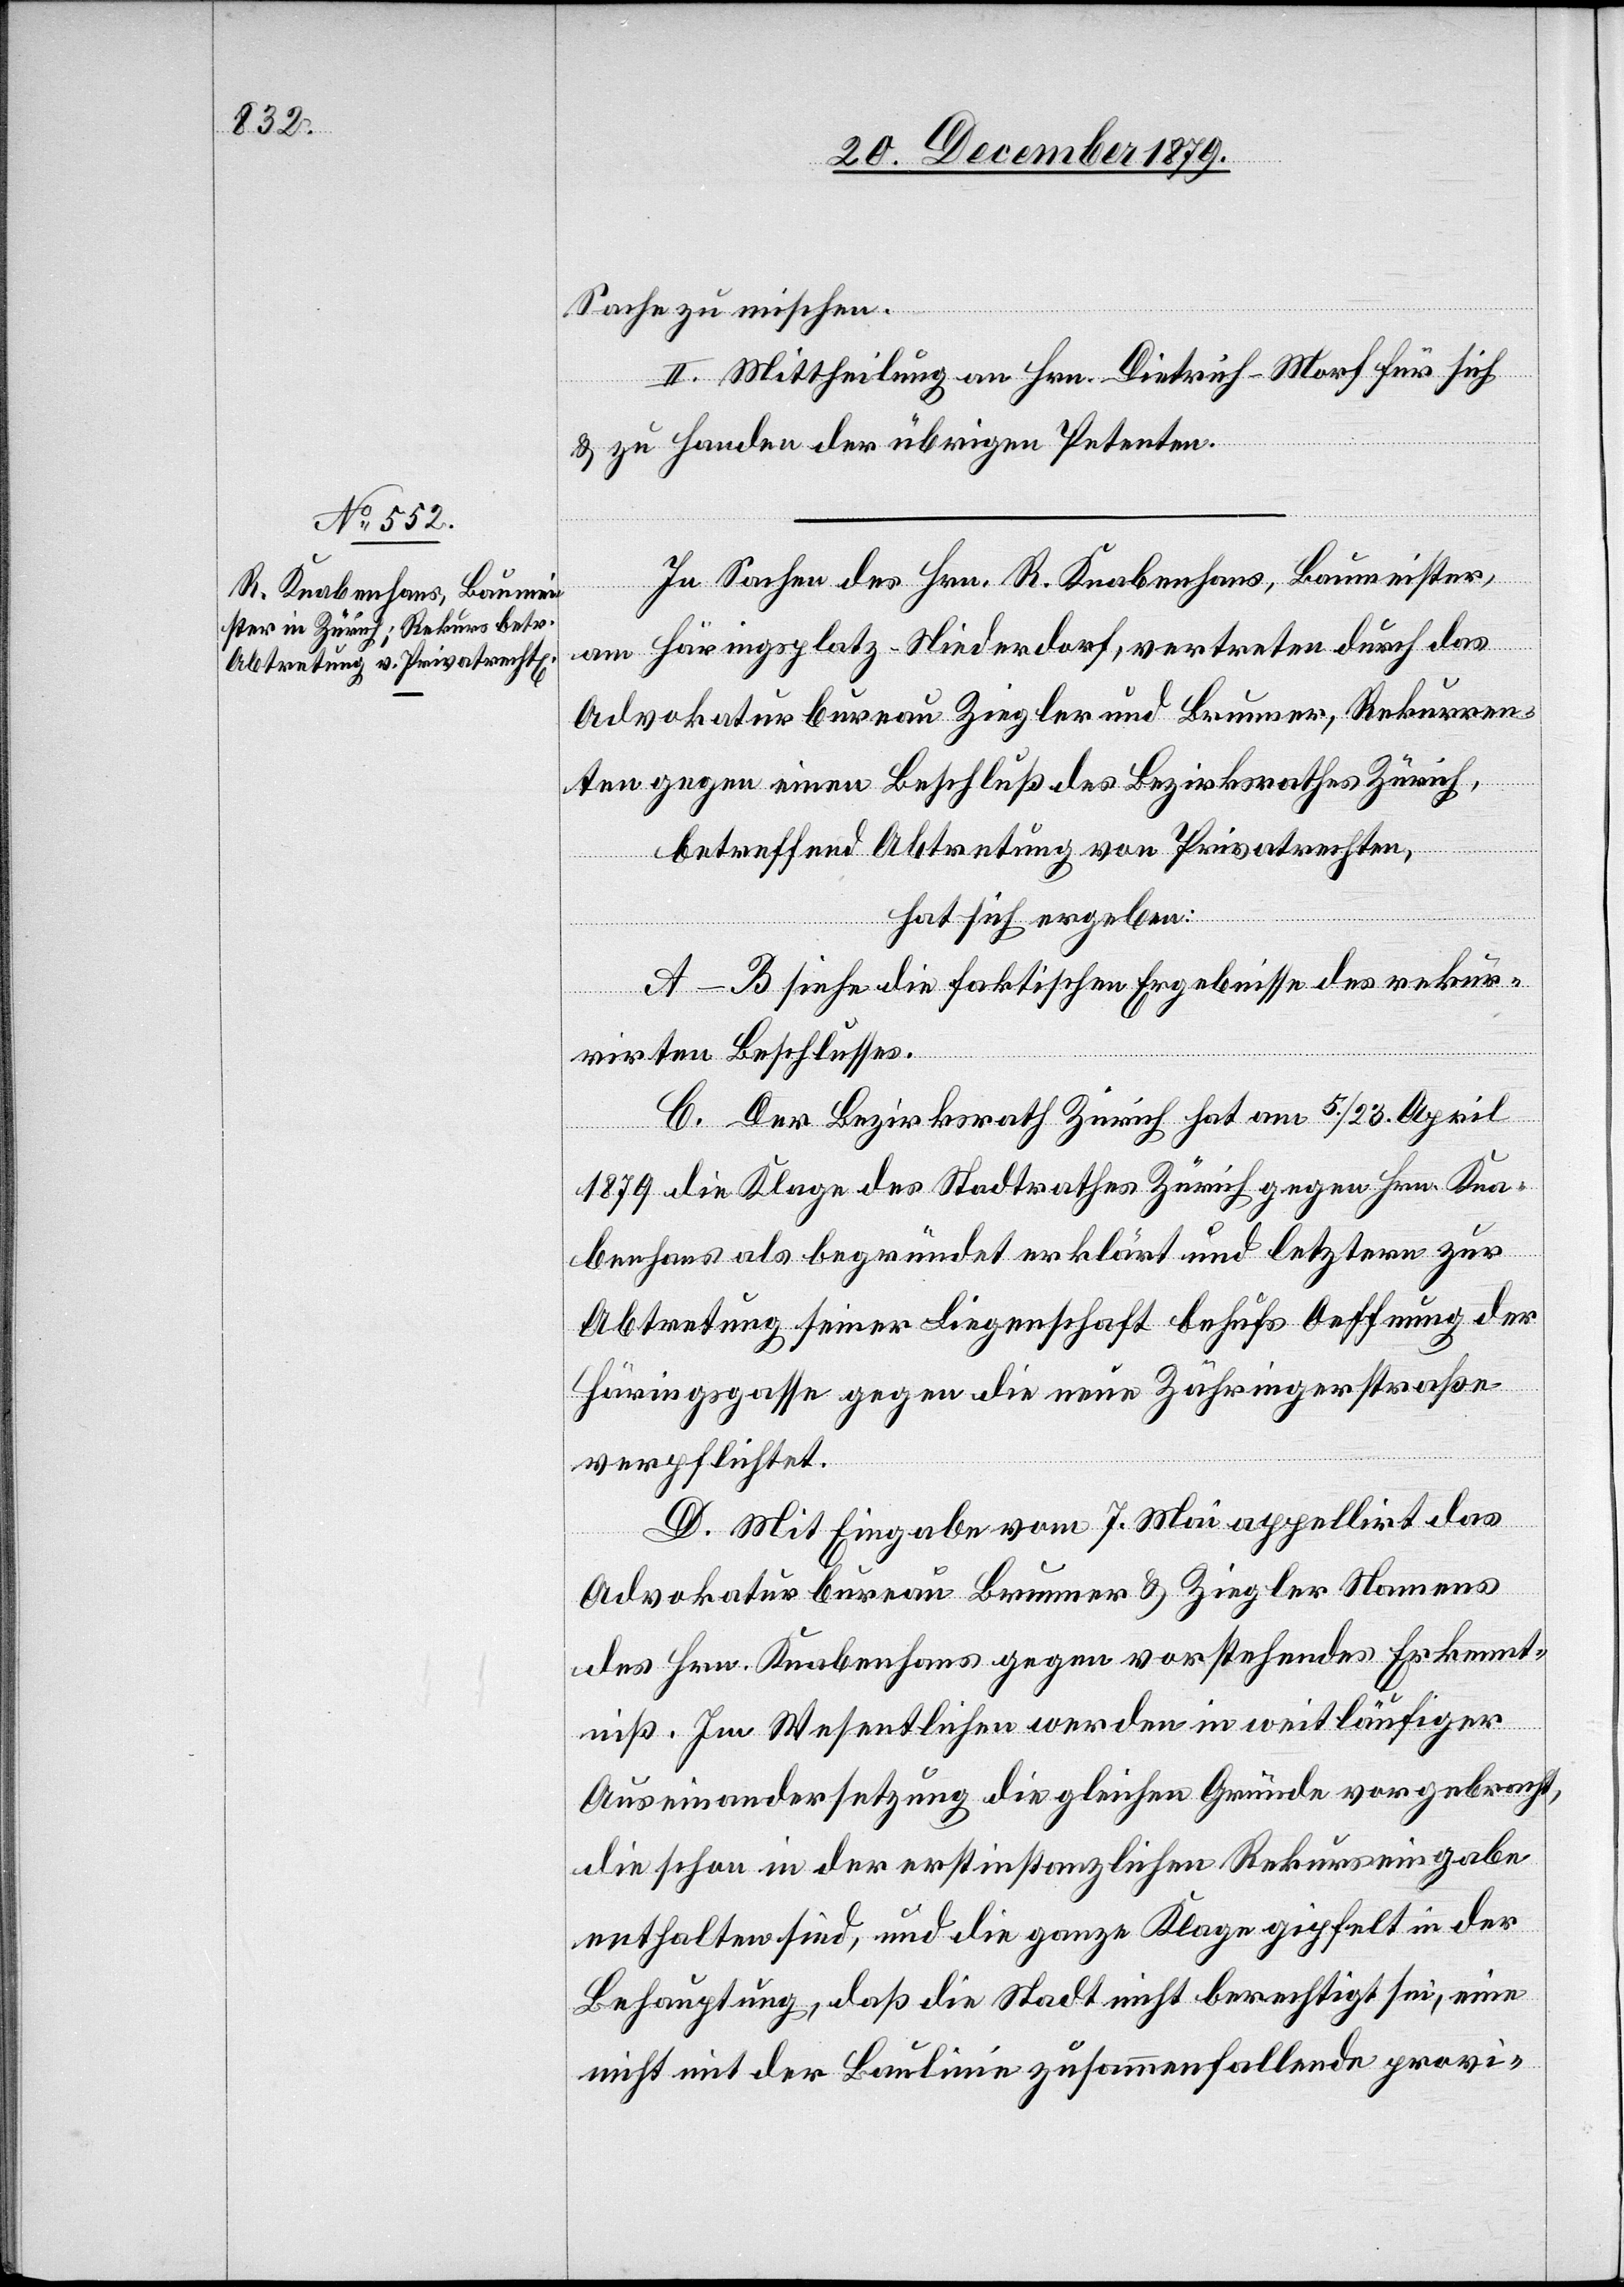
Sache zu mischen.
II. Mittheilung: an Hrn. Dietrich-Morf für sich
& zu Handen der übrigen Petenten.
In Sachen des Hrn. R. Knabenhans, Baumeister
am Häringsplatz - Niederdorf, vertreten durch das
Advokaturbureau Ziegler und Brunner, Rekurren¬
ten gegen einen Beschluß des Bezirksrathes Zürich,
betreffend Abtretung von Privatrechten,
hat sich ergeben:
A–B siehe die faktischen Ergebnisse des rekur¬
rirten Beschlusses.
C. Der Bezirksrath Zürich hat am 5/23. April
1879 die Klage des Stadtrathes Zürich gegen Hrn. Kna¬
benhans als begründet erklärt und letztere zur
Abtretung seiner Liegenschaft behufs Oeffnung der
Häringsgasse gegen die neue Zähringerstraße
verpflichtet.
D. Mit Eingabe vom 7. Mai appellirt das
Advokaturbureau Brunner & Ziegler Namens
des Hrn. Knabenhans gegen vorstehendes Erkennt¬
niß. Im Wesentlichen werden in weitläufiger
Auseinandersetzung die gleichen Gründe vorgebracht,
die schon in der erstinstanzlichen Rekurseingabe
enthalten sind, und die ganze Klage gipfelt in der
Behauptung, daß die Stadt nicht berechtigt sei, eine
nicht mit der Baulinie zusammenfallende provi-